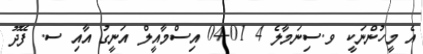
އެ މީހުންނަކީ ވ.ސިނަމާލެ 4 01-04 އިސްމާއީލް އަނީގު އާއި ސ. ފޭދޫ